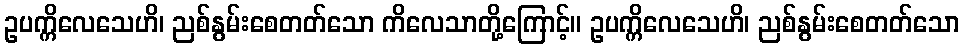
ဥပက္ကိလေသေဟိ၊ ညစ်နွမ်းစေတတ်သော ကိလေသာတို့ကြောင့်။ ဥပက္ကိလေသေဟိ၊ ညစ်နွမ်းစေတတ်သော